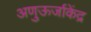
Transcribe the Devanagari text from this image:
अणुऊर्जाकेंद्र